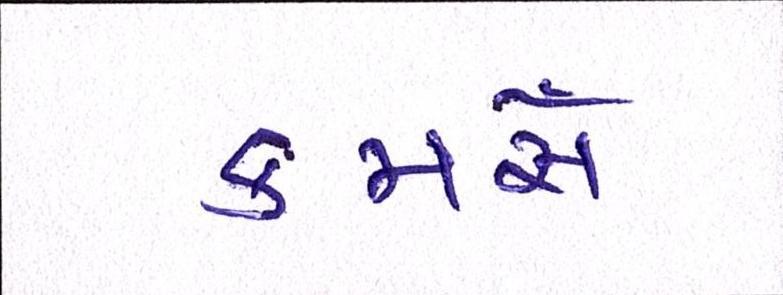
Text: કમસે